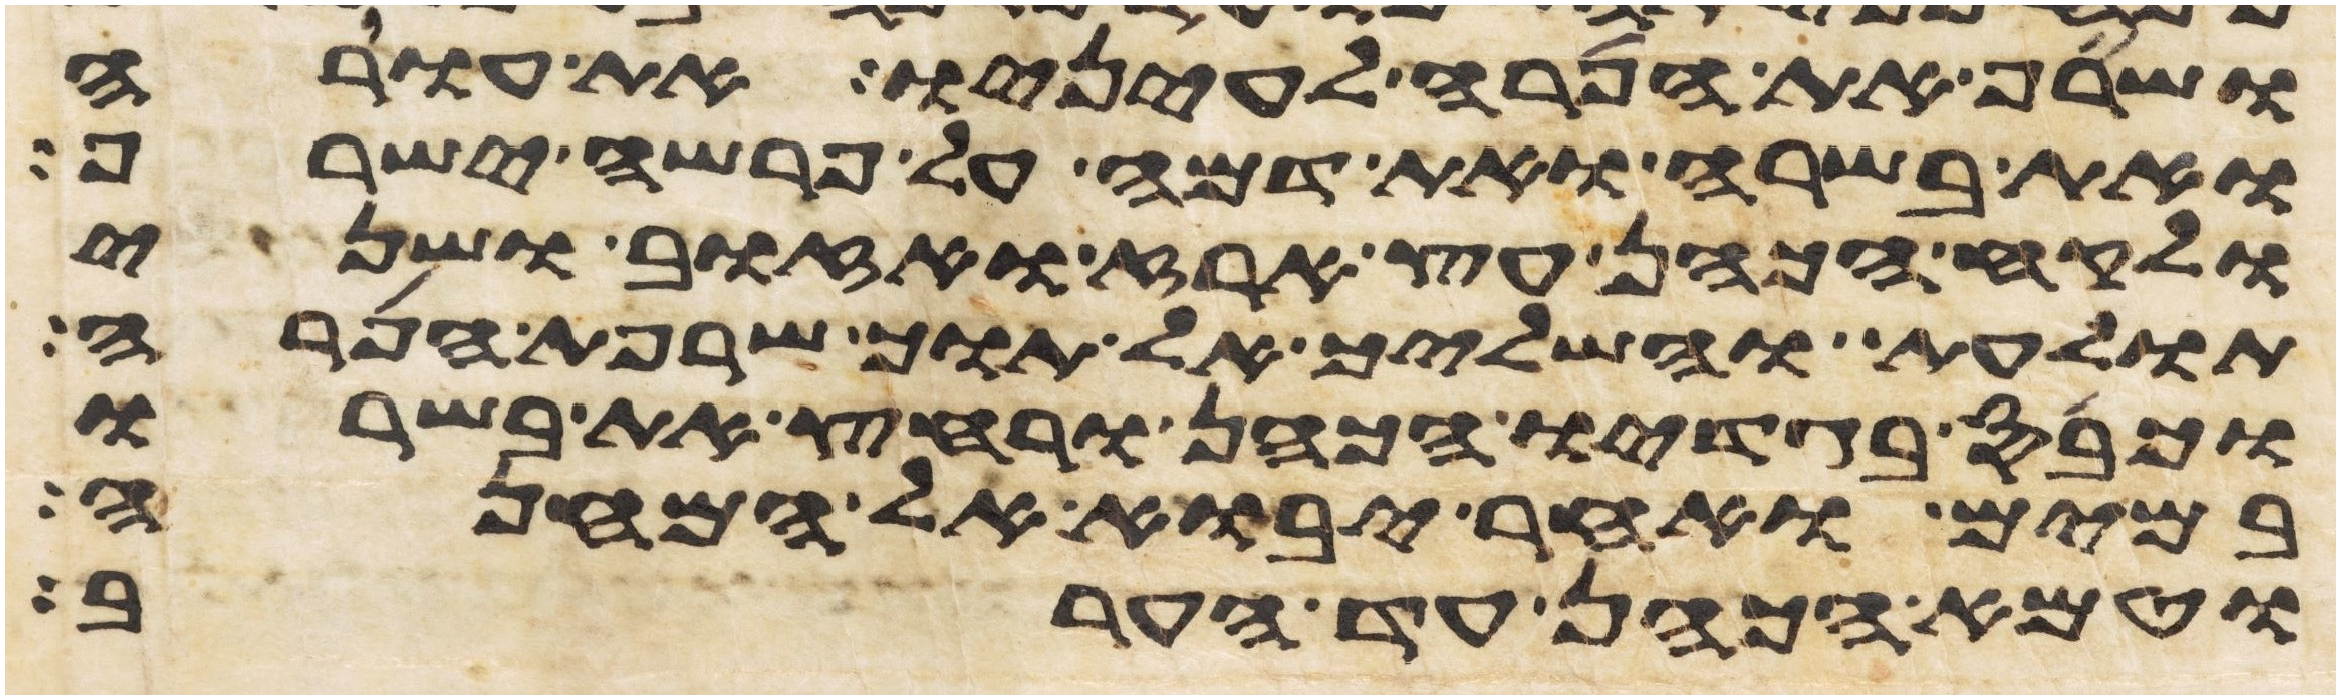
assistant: ושרף את הפרה לעיניו את עורה
ואת בשרה ואת דמה על פרשה ישרף
ולקח הכהן עץ ארז ואזוב ושני
תולעת והשליך אל תוך שרפת הפרה
וכבס בגדיו הכהן ורחץ את בשרו
במים ואחר יבוא אל המחנה
וטמא הכהן עד הערב